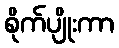
စိုက်ပျိုးကာ